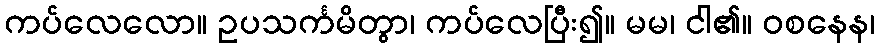
ကပ်လေလော။ ဥပသင်္ကမိတွာ၊ ကပ်လေပြီး၍။ မမ၊ ငါ၏။ ဝစနေန၊